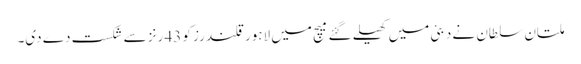
ملتان سلطان نے دبئی میں کھیلے گئے میچ میں لاہور قلندرز کو 43 رنز سے شکست دے دی۔